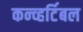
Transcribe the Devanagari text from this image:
कन्व्हर्टिबल